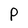
Character: P